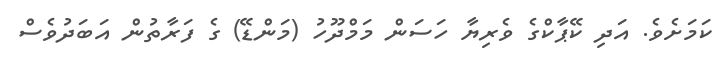
ކަމަށެވެ. އަދި ކޭޕާކްގެ ވެރިޔާ ހަސަން މަމްދޫހު (މަންޑޭ) ގެ ފަރާތުން އަބަދުވެސް